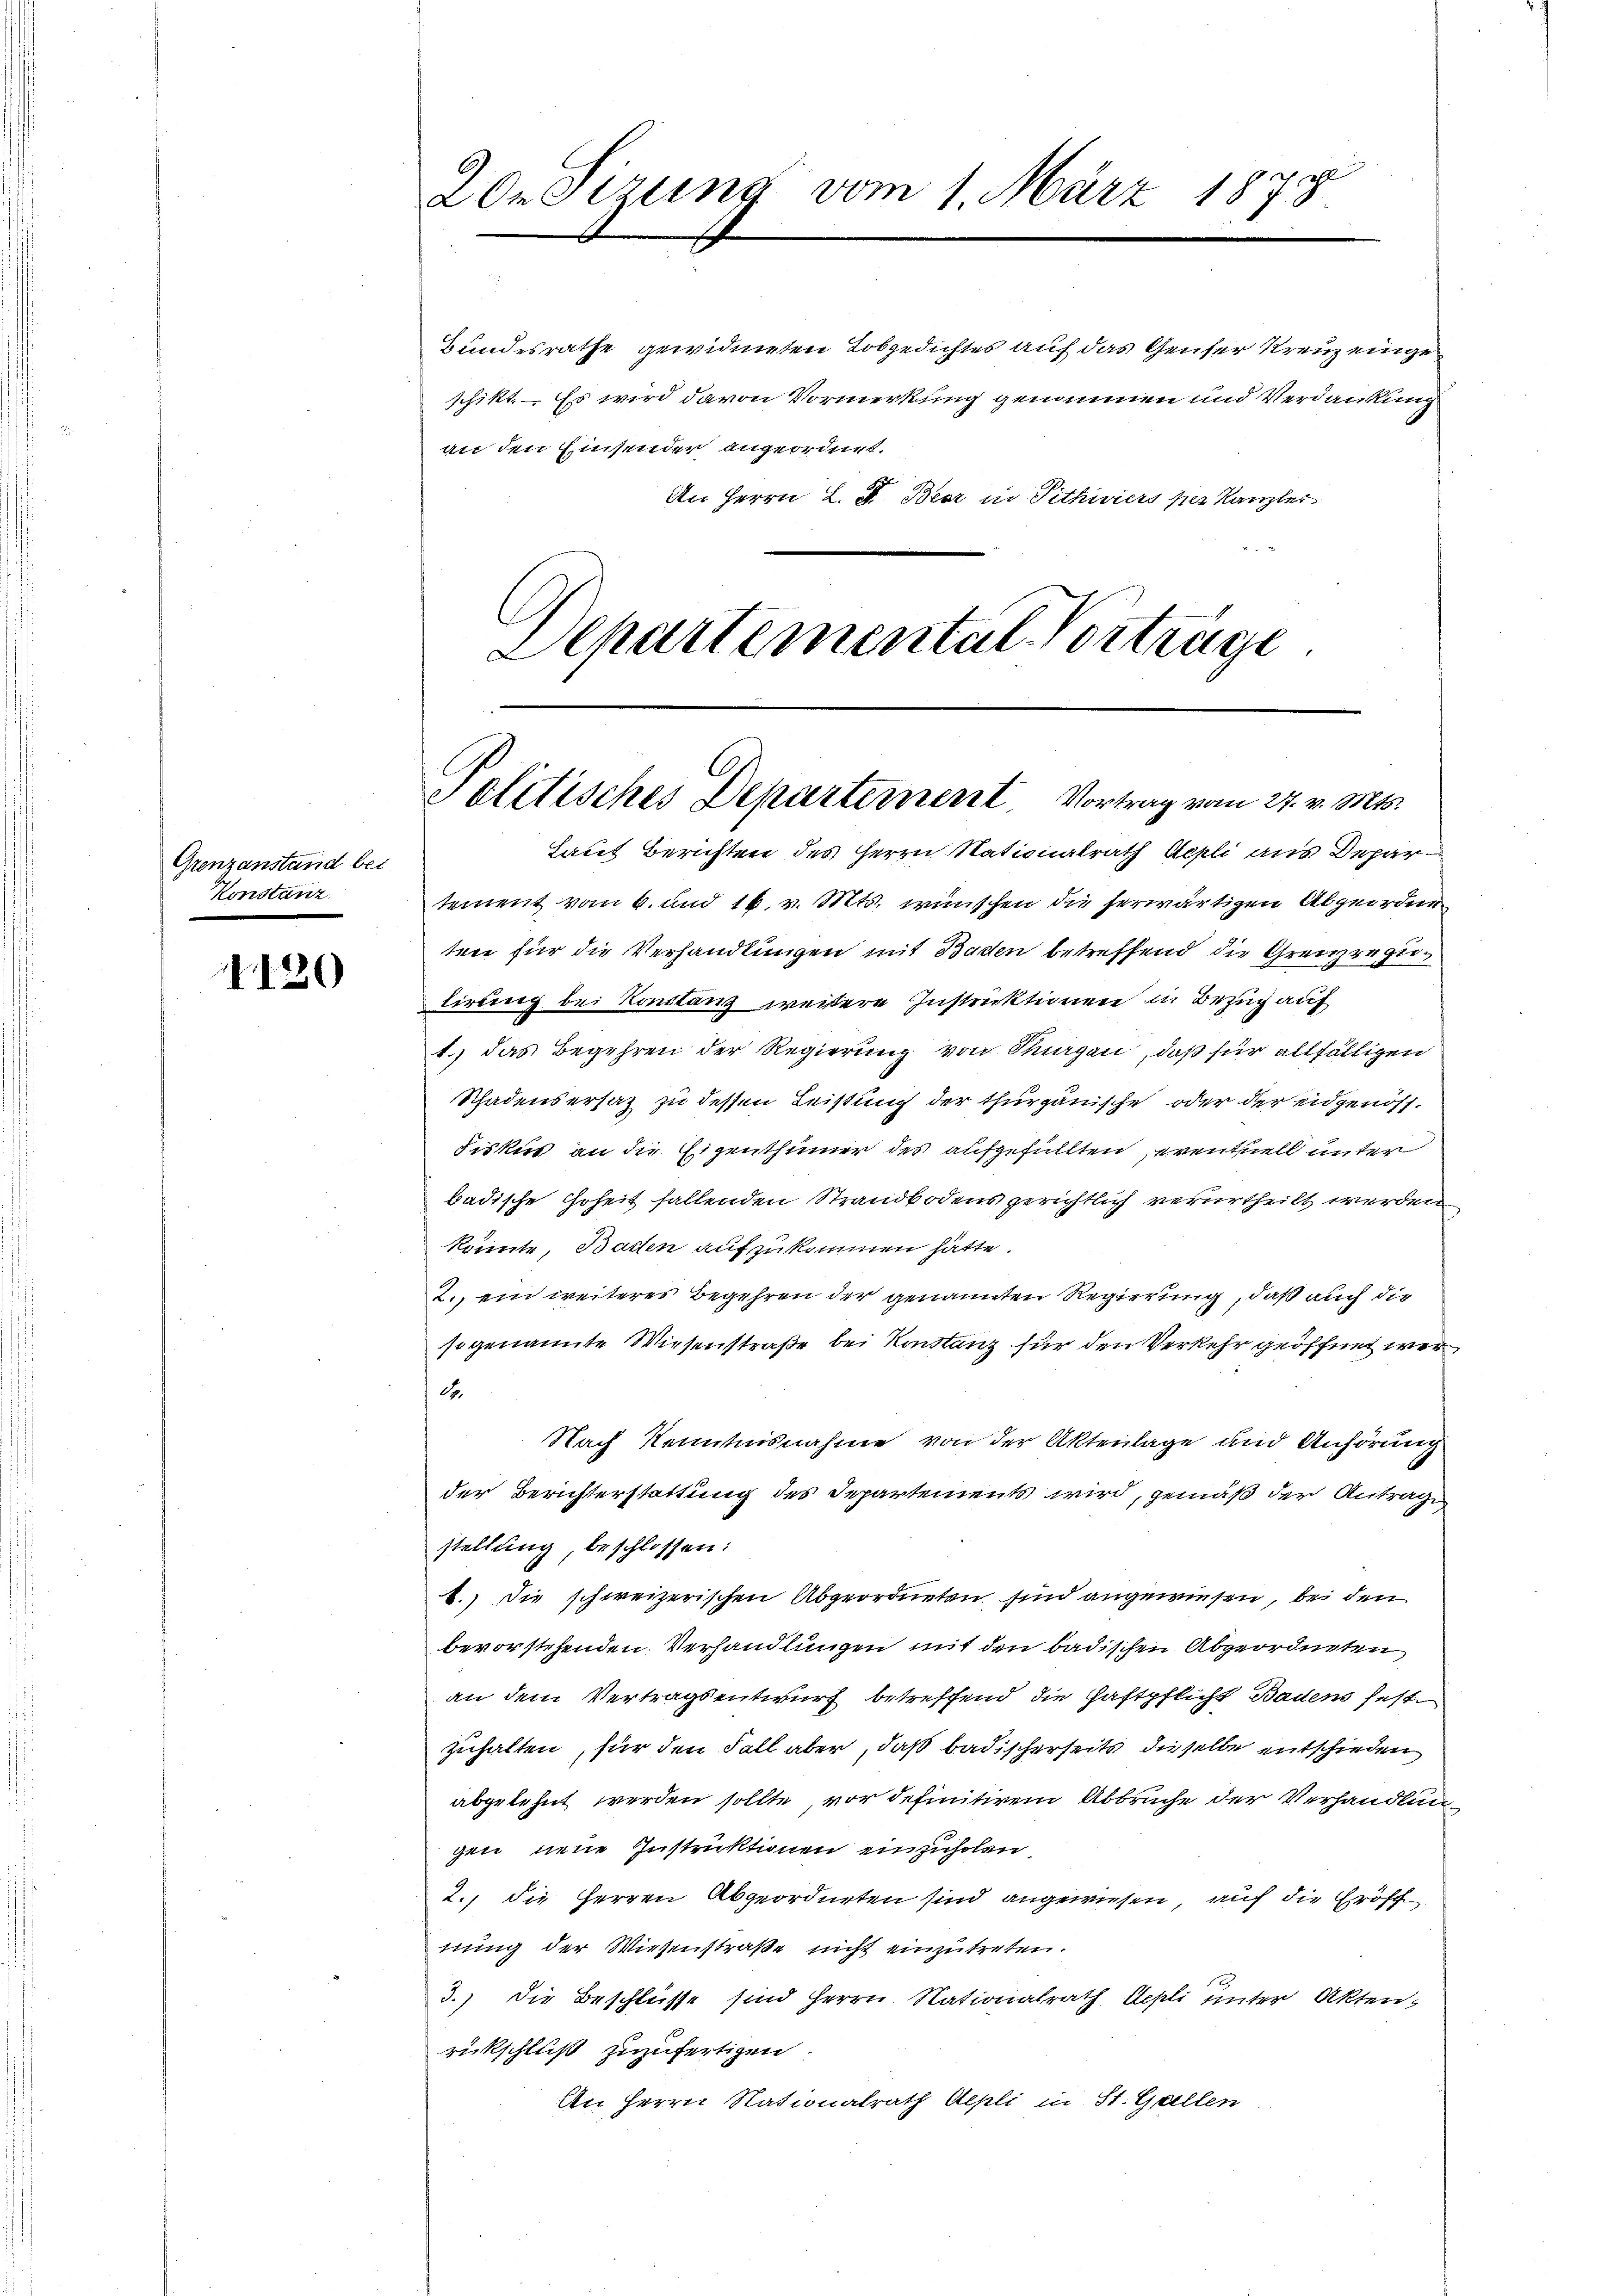
Grenzanstand bei.
Konstanz

4120

el
20r Sitzung vom 1. März 1873

An Herrn L. F. Bier in Pithwiers per Kanzler
Departemental Vorträge

Bundesrathe gewidmeten Lobgedichtes auf das Genfer Kreuz eingeschikt. – Es wird davon Vormerkung genommen und Verdankung
an den Einsender angeordnet.

Politisches Departement. Vortrag vom 27. v. Mts.

Laut Berichten des Herrn Nationalrath Aepli aus Departement vom 6. und 16. v. Mts. wünschen die herwärtigen Abgeordneten für die Verhandlungen mit Baden betreffend die Greiregutirung bei Konstanz weitere Instruktionen in Bezug auf
1.) das Begehren der Regierung von Thurgau, daß für allfälligen
Schadensersatz zu dessen Leistung der thurgauische oder der eidgenös¬
Fiskus an die Eigenthümer des aufgefüllten, eventuell unter
badische Hoheit fallenden Strandbodens gerichtlich verurtheilt werden
könnte, Basten auf zukommen hätte.
2., ein weiteres Begehren der genannten Regierung, daß auch die
sogenannte Wiesenstraße bei Konstanz für den Verkehr geöffnet werd.
Nach Kenntnisnahme von der Aktenlage und Anhörung
der Berichterstattung des Departements wird, gemäß der Antrage,
stellung, beschlossen:
1.) Die schweizerischen Abgeordneten sind angewiesen, bei den
bevorstehenden Verhandlungen mit den badischen Abgeordneten
an dem Vertragsentwurf betreffend die Haftpflicht Baden fest
zuhalten, für den Fall aber, daß badischerseits dieselbe entschieden
abgelehnt werden sollte, vor definitivem Abbruche der Verhandlungen neue Instruktionen einzuholen
2., die Herren Abgeordneten sind angewiesen, auf die Eröff
nung der Wiesenstraße nicht einzutreten.
3.) Die Beschlüsse sind Herrn Nationalrath Appli unter Akten,
rückschluß zuzufertigen.
An Herrn Nationalrath Aepli in St. Gallen